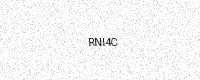
Text: RNI4C